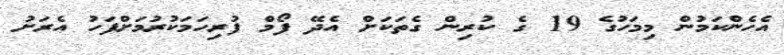
އެހެންކަމުން މިމަހުގެ 19 ގެ ކުރިން ގެތަކަށް އެދޭ ފޯމް ފުރިހަމަކުރުމަށްފަހު އެރަށު